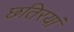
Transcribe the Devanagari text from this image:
छतिरयां